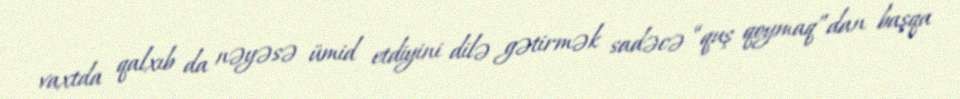
vaxtda qalxıb da nəyəsə ümid etdiyini dilə gətirmək sadəcə “quş qoymaq”dan başqa